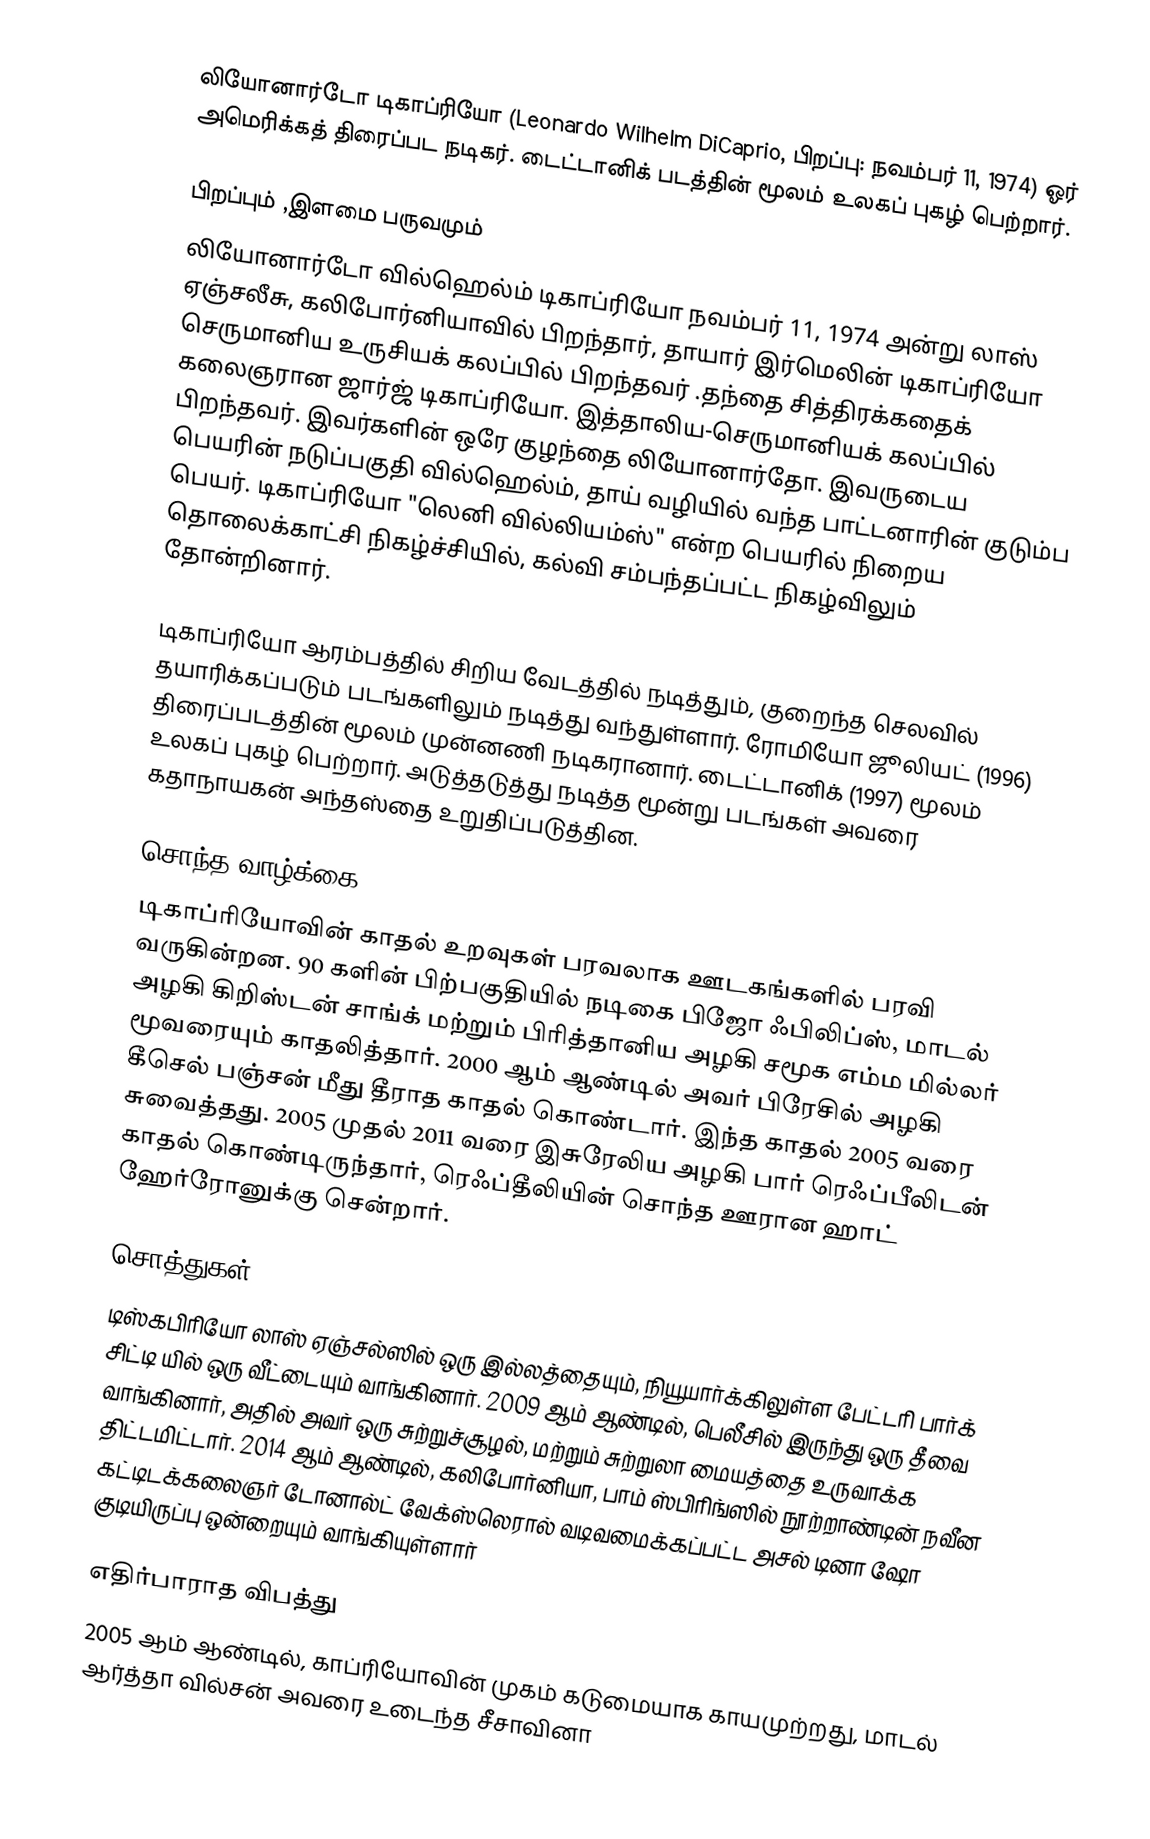
லியோனார்டோ டிகாப்ரியோ (Leonardo Wilhelm DiCaprio, பிறப்பு: நவம்பர் 11, 1974) ஓர் அமெரிக்கத் திரைப்பட நடிகர். டைட்டானிக் படத்தின் மூலம் உலகப் புகழ் பெற்றார்.

பிறப்பும் ,இளமை பருவமும்
லியோனார்டோ வில்ஹெல்ம் டிகாப்ரியோ நவம்பர் 11, 1974 அன்று லாஸ் ஏஞ்சலீசு, கலிபோர்னியாவில் பிறந்தார், தாயார்  இர்மெலின் டிகாப்ரியோ  செருமானிய உருசியக் கலப்பில் பிறந்தவர் .தந்தை  சித்திரக்கதைக் கலைஞரான ஜார்ஜ் டிகாப்ரியோ. இத்தாலிய-செருமானியக் கலப்பில் பிறந்தவர். இவர்களின் ஒரே குழந்தை லியோனார்தோ. இவருடைய பெயரின் நடுப்பகுதி வில்ஹெல்ம், தாய் வழியில் வந்த பாட்டனாரின் குடும்ப பெயர். டிகாப்ரியோ "லெனி வில்லியம்ஸ்" என்ற பெயரில் நிறைய தொலைக்காட்சி நிகழ்ச்சியில், கல்வி சம்பந்தப்பட்ட நிகழ்விலும் தோன்றினார்.

டிகாப்ரியோ ஆரம்பத்தில் சிறிய வேடத்தில்  நடித்தும், குறைந்த செலவில் தயாரிக்கப்படும் படங்களிலும் நடித்து வந்துள்ளார். ரோமியோ ஜூலியட் (1996) திரைப்படத்தின் மூலம் முன்னணி நடிகரானார். டைட்டானிக் (1997) மூலம் உலகப் புகழ் பெற்றார். அடுத்தடுத்து நடித்த மூன்று படங்கள் அவரை கதாநாயகன் அந்தஸ்தை உறுதிப்படுத்தின.

சொந்த வாழ்க்கை
டிகாப்ரியோவின் காதல் உறவுகள் பரவலாக ஊடகங்களில் பரவி வருகின்றன. 90 களின் பிற்பகுதியில் நடிகை பிஜோ ஃபிலிப்ஸ், மாடல் அழகி  கிறிஸ்டன் சாங்க் மற்றும் பிரித்தானிய அழகி சமூக எம்ம மில்லர் மூவரையும் காதலித்தார். 2000 ஆம் ஆண்டில் அவர் பிரேசில் அழகி  கீசெல் பஞ்சன் மீது தீராத காதல் கொண்டார். இந்த காதல் 2005  வரை சுவைத்தது. 2005 முதல் 2011 வரை இசுரேலிய அழகி பார் ரெஃப்பீலிடன் காதல் கொண்டிருந்தார்,  ரெஃப்தீலியின் சொந்த ஊரான ஹாட் ஹேர்ரோனுக்கு சென்றார்.

சொத்துகள்
டிஸ்கபிரியோ லாஸ் ஏஞ்சல்ஸில் ஒரு இல்லத்தையும், நியூயார்க்கிலுள்ள பேட்டரி பார்க் சிட்டி யில் ஒரு வீட்டையும் வாங்கினார். 2009 ஆம் ஆண்டில், பெலீசில் இருந்து ஒரு தீவை வாங்கினார், அதில் அவர் ஒரு சுற்றுச்சூழல், மற்றும் சுற்றுலா மையத்தை உருவாக்க திட்டமிட்டார். 2014 ஆம் ஆண்டில், கலிபோர்னியா, பாம் ஸ்பிரிங்ஸில் நூற்றாண்டின் நவீன கட்டிடக்கலைஞர் டோனால்ட் வேக்ஸ்லெரால் வடிவமைக்கப்பட்ட அசல் டினா ஷோ குடியிருப்பு ஒன்றையும் வாங்கியுள்ளார்

எதிர்பாராத விபத்து
2005 ஆம் ஆண்டில், காப்ரியோவின்  முகம் கடுமையாக காயமுற்றது, மாடல் ஆர்த்தா வில்சன் அவரை உடைந்த சீசாவினா